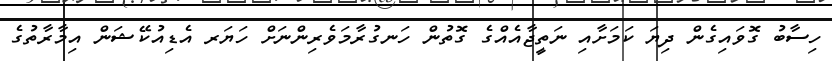
ހިސާބު ގޮވައިގެން ދިޔަ ކަމަށާއި ނަތީޖާއެއްގެ ގޮތުން ހަނގުރާމަވެރިންނަށް ހަޔަރ އެޑިއުކޭޝަން އިމާރާތުގެ